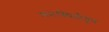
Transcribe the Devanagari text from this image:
मनःस्थितीतून